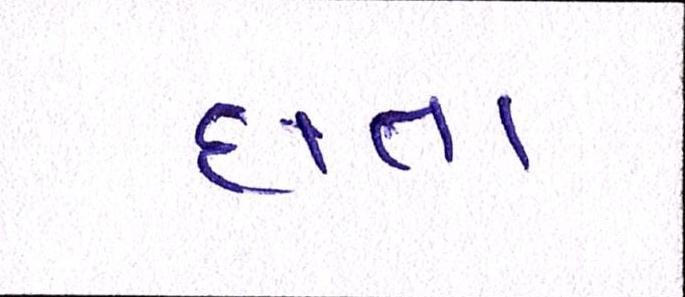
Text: દાતા